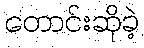
တောင်းဆိုခဲ့